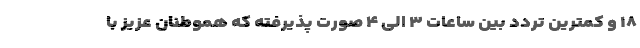
۱۸ و کمترین تردد بین ساعات ۳ الی ۴ صورت پذیرفته که هموطنان عزیز با